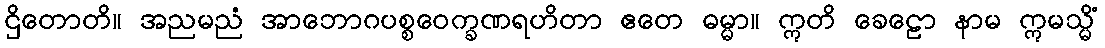
ဌိတောတိ။ အညမညံ အာဘောဂပစ္စဝေက္ခဏရဟိတာ ဧတေ ဓမ္မာ။ ဣတိ ခေဠော နာမ ဣမသ္မိံ